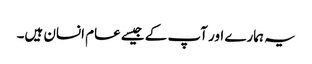
یہ ہمارے اور آپ کے جیسے عام انسان ہیں۔